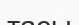
тасы